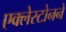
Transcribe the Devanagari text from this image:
एक्लेस्टोनने